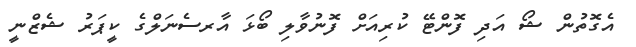
އެގޮތުން ޝޯ އަދި ފޮންޓޭ ކުރިއަށް ފޮނުވާލި ބޯޅަ އާރސެނަލްގެ ކީޕަރު ޝެޒްނީ